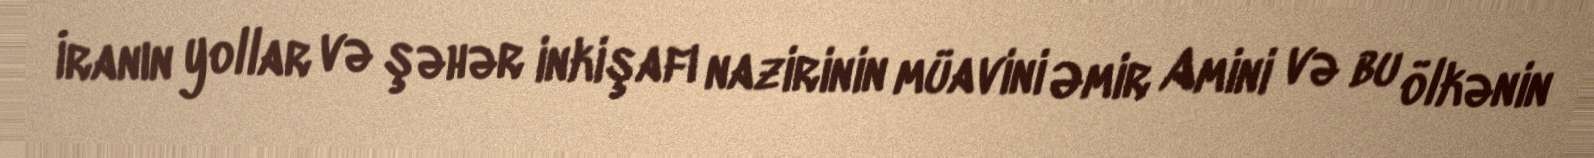
İranın yollar və şəhər inkişafı nazirinin müavini Əmir Amini və bu ölkənin